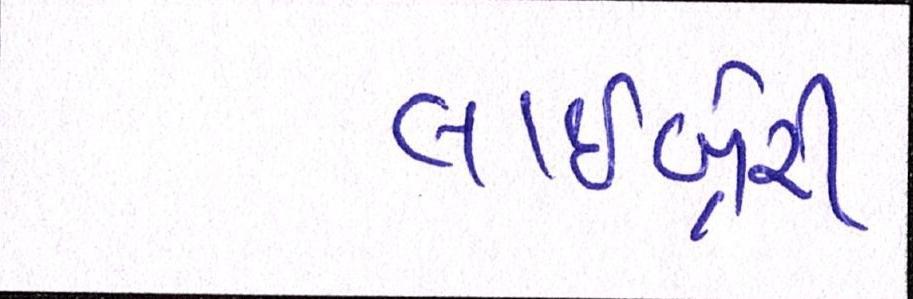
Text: લાઇબ્રેરી